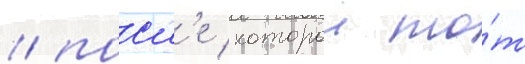
/ посл'е которои то́т